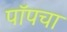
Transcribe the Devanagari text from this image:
पॉपचा